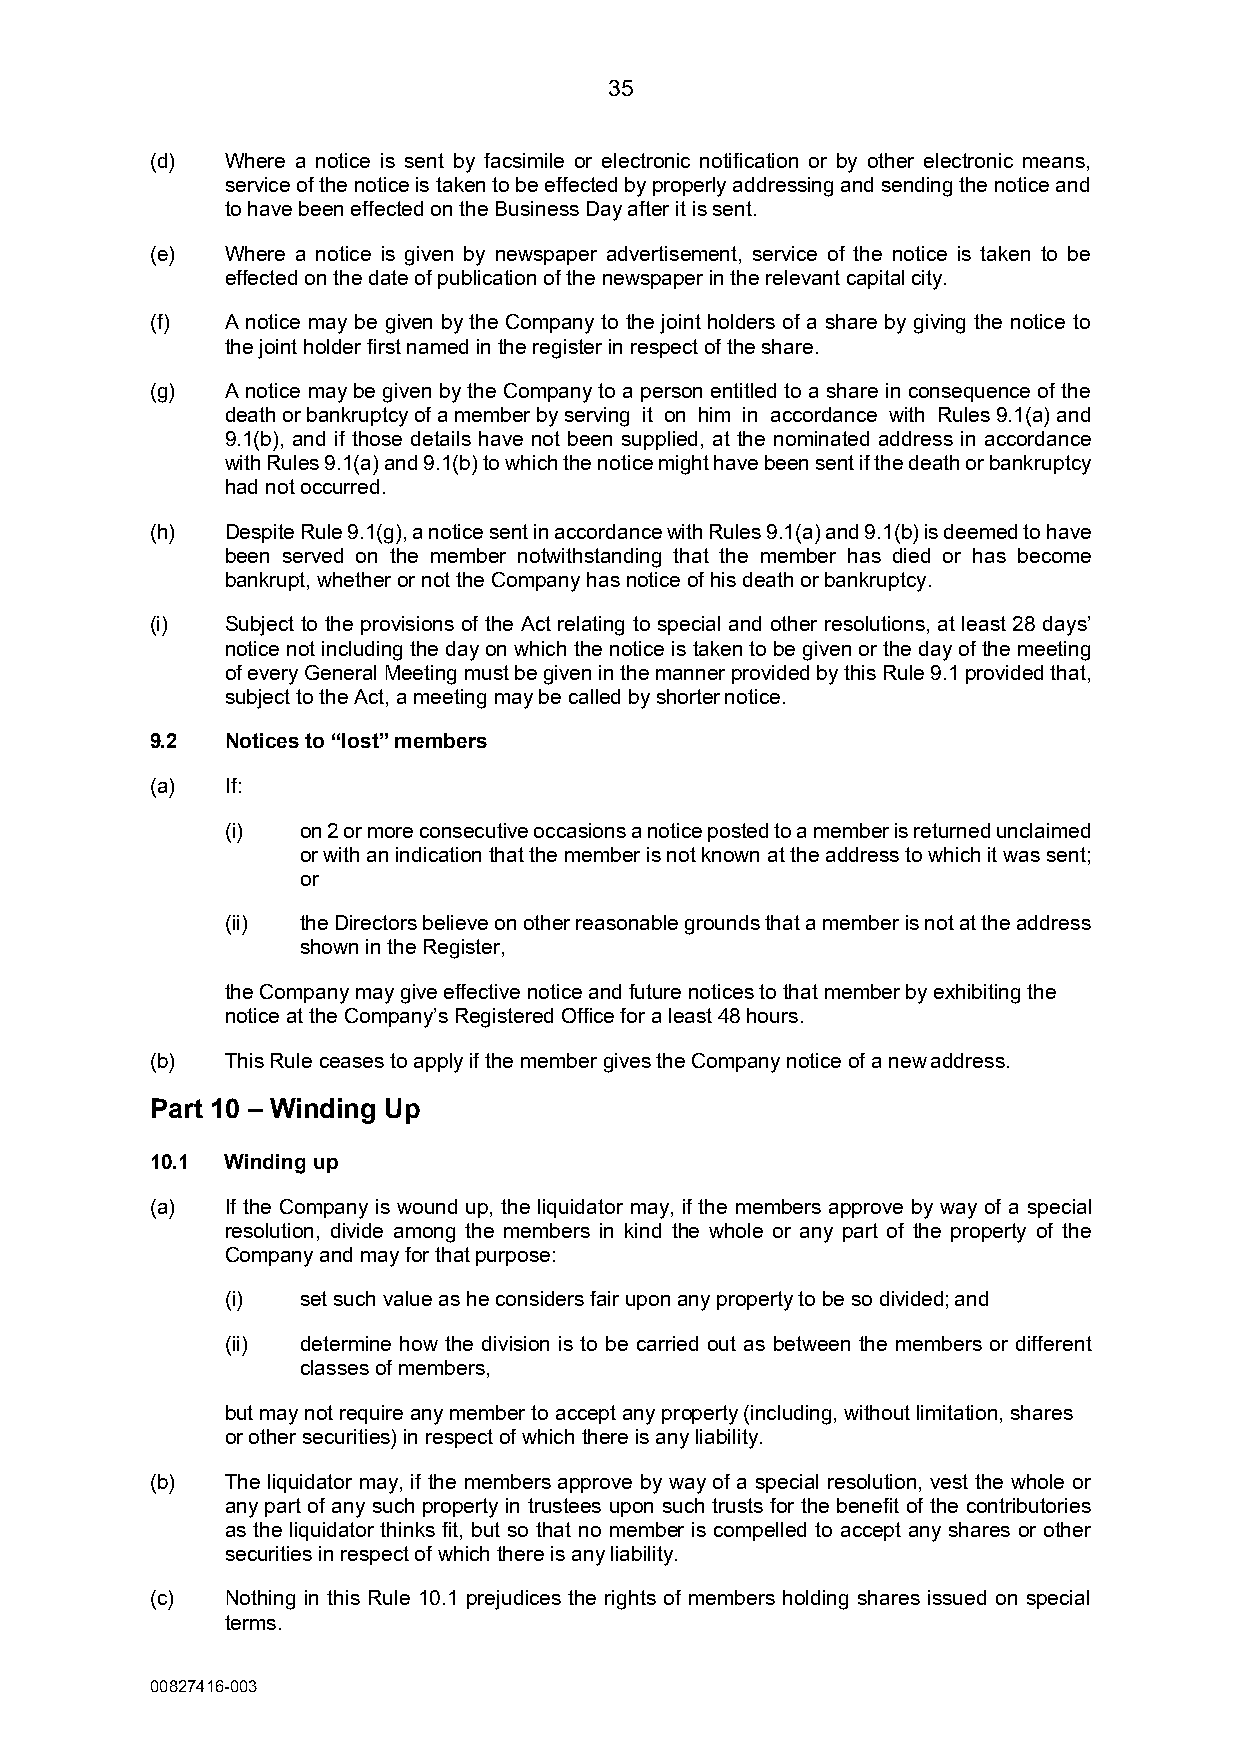
35
 (d)  Where a notice is sent by facsimile or electronic notification or by other electronic means,
 service of the notice is taken to be effected by properly addressing and sending the notice and
 to have been effected on the Business Day after it is sent.
 (e)  Where a notice is given by newspaper advertisement, service of the notice is taken to be
 effected on the date of publication of the newspaper in the relevant capital city.
 (f)  A notice may be given by the Company to the joint holders of a share by giving the notice to
 the joint holder first named in the register in respect of the share.
 (g)  A notice may be given by the Company to a person entitled to a share in consequence of the
 death or bankruptcy of a member by serving it on him in accordance with Rules 9.1(a) and
 9.1(b), and if those details have not been supplied, at the nominated address in accordance
 with Rules 9.1(a) and 9.1(b) to which the notice might have been sent if the death or bankruptcy
 had not occurred.
 (h)  Despite Rule 9.1(g), a notice sent in accordance with Rules 9.1(a) and 9.1(b) is deemed to have
 been served on the member notwithstanding that the member has died or has become
 bankrupt, whether or not the Company has notice of his death or bankruptcy.
 (i)  Subject to the provisions of the Act relating to special and other resolutions, at least 28 days’
 notice not including the day on which the notice is taken to be given or the day of the meeting
 of every General Meeting must be given in the manner provided by this Rule 9.1 provided that,
 subject to the Act, a meeting may be called by shorter notice.
 9.2  Notices to “lost” members
 (a)  If:
 (i)  on 2 or more consecutive occasions a notice posted to a member is returned unclaimed
 or with an indication that the member is not known at the address to which it was sent;
 or
 (ii) the Directors believe on other reasonable grounds that a member is not at the address
 shown in the Register,
 the Company may give effective notice and future notices to that member by exhibiting the
 notice at the Company’s Registered Office for a least 48 hours.
 (b)  This Rule ceases to apply if the member gives the Company notice of a new address.
 Part 10 – Winding Up
 10.1 Winding up
 (a)  If the Company is wound up, the liquidator may, if the members approve by way of a special
 resolution, divide among the members in kind the whole or any part of the property of the
 Company and may for that purpose:
 (i)  set such value as he considers fair upon any property to be so divided; and
 (ii) determine how the division is to be carried out as between the members or different
 classes of members,
 but may not require any member to accept any property (including, without limitation, shares
 or other securities) in respect of which there is any liability.
 (b)  The liquidator may, if the members approve by way of a special resolution, vest the whole or
 any part of any such property in trustees upon such trusts for the benefit of the contributories
 as the liquidator thinks fit, but so that no member is compelled to accept any shares or other
 securities in respect of which there is any liability.
 (c)  Nothing in this Rule 10.1 prejudices the rights of members holding shares issued on special
 terms.
 00827416-003